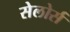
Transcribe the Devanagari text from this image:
सेलोर्स